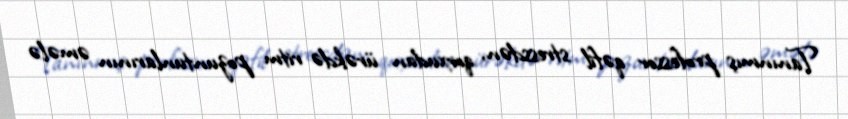
Tanınmış professor qəfil stressdən, qorxudan ürəkdə ritm pozuntunlarının əmələ